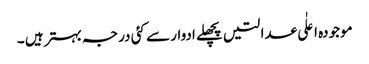
موجودہ اعلٰی عدالتیں پچھلے ادوار سے کئی درجہ بہتر ہیں ۔